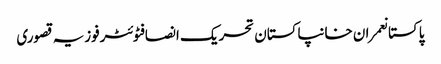
پاکستانعمران خانپاکستان تحریک انصافٹوئٹرفوزیہ قصوری